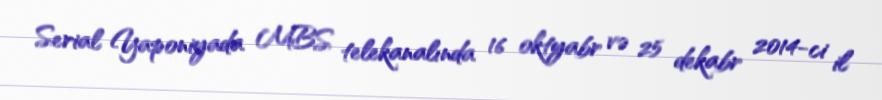
Serial Yaponiyada MBS telekanalında 16 oktyabr və 25 dekabr 2014-ci il